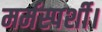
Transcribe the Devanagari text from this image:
मर्मस्पर्शी।